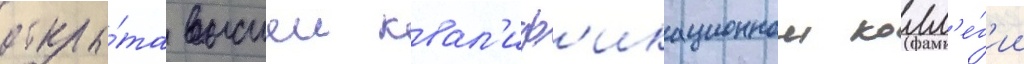
откры́та высшеи квал'иф'икационнои колл'е́г'ии